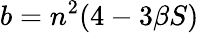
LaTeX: b=n^{2}(4-3\beta S)